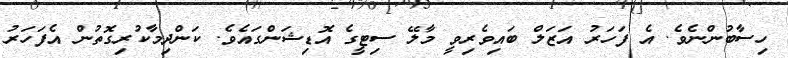
ހިސާބުންނެވެ. އެ ފަހަރު އަޒަލް ބައިވެރިވީ މާލޭ ސިޓީގެ އޮޑިޝަންގައެވެ. ކަންދިމާކުރިގޮތުން އެފަހަރު